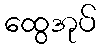
ထွေအုပ်